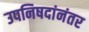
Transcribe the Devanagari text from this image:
उपनिषदांनंतर